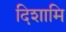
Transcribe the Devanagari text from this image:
दिशामि